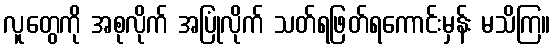
လူတွေကို အစုလိုက် အပြုံလိုက် သတ်ရဖြတ်ရကောင်းမှန်း မသိကြ။